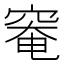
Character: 𥦩